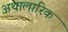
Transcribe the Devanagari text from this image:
अथालारिक